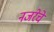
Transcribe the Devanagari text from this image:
नजरेचे